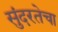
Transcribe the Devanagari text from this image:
सुंदरतेचा